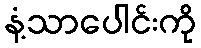
နံ့သာပေါင်းကို